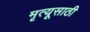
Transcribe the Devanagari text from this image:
मृत्यूसाठी